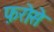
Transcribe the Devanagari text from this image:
फ़रोसे